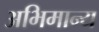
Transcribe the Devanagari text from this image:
अभिमान्य